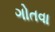
ગોતવા